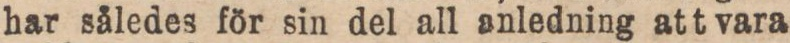
har således för sin del all anledning att vara